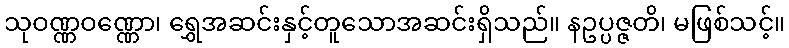
သုဝဏ္ဏဝဏ္ဏော၊ ရွှေအဆင်းနှင့်တူသောအဆင်းရှိသည်။ နဥပ္ပဇ္ဇတိ၊ မဖြစ်သင့်။